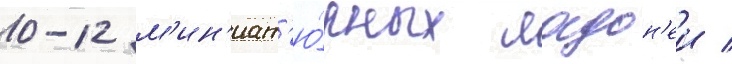
10-12 м'ин'иат'ю́рных ладон'еи /